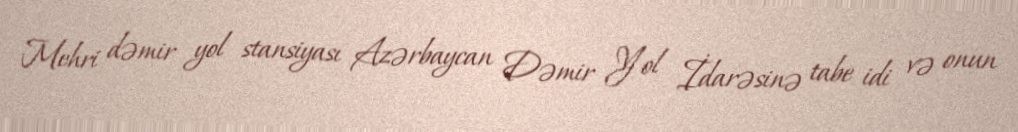
Mehri dəmir yol stansiyası Azərbaycan Dəmir Yol İdarəsinə tabe idi və onun